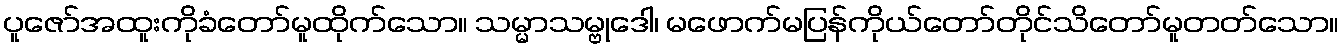
ပူဇော်အထူးကိုခံတော်မူထိုက်သော။ သမ္မာသမ္ဗုဒေါ၊ မဖောက်မပြန်ကိုယ်တော်တိုင်သိတော်မူတတ်သော။